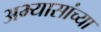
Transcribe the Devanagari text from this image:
अभ्यासांच्या